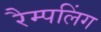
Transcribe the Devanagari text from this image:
रैम्पलिंग